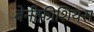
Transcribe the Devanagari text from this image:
बेनीफ़ीशियस